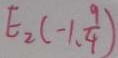
E _ { 2 } ( - 1 , \frac { 9 } { 4 } )